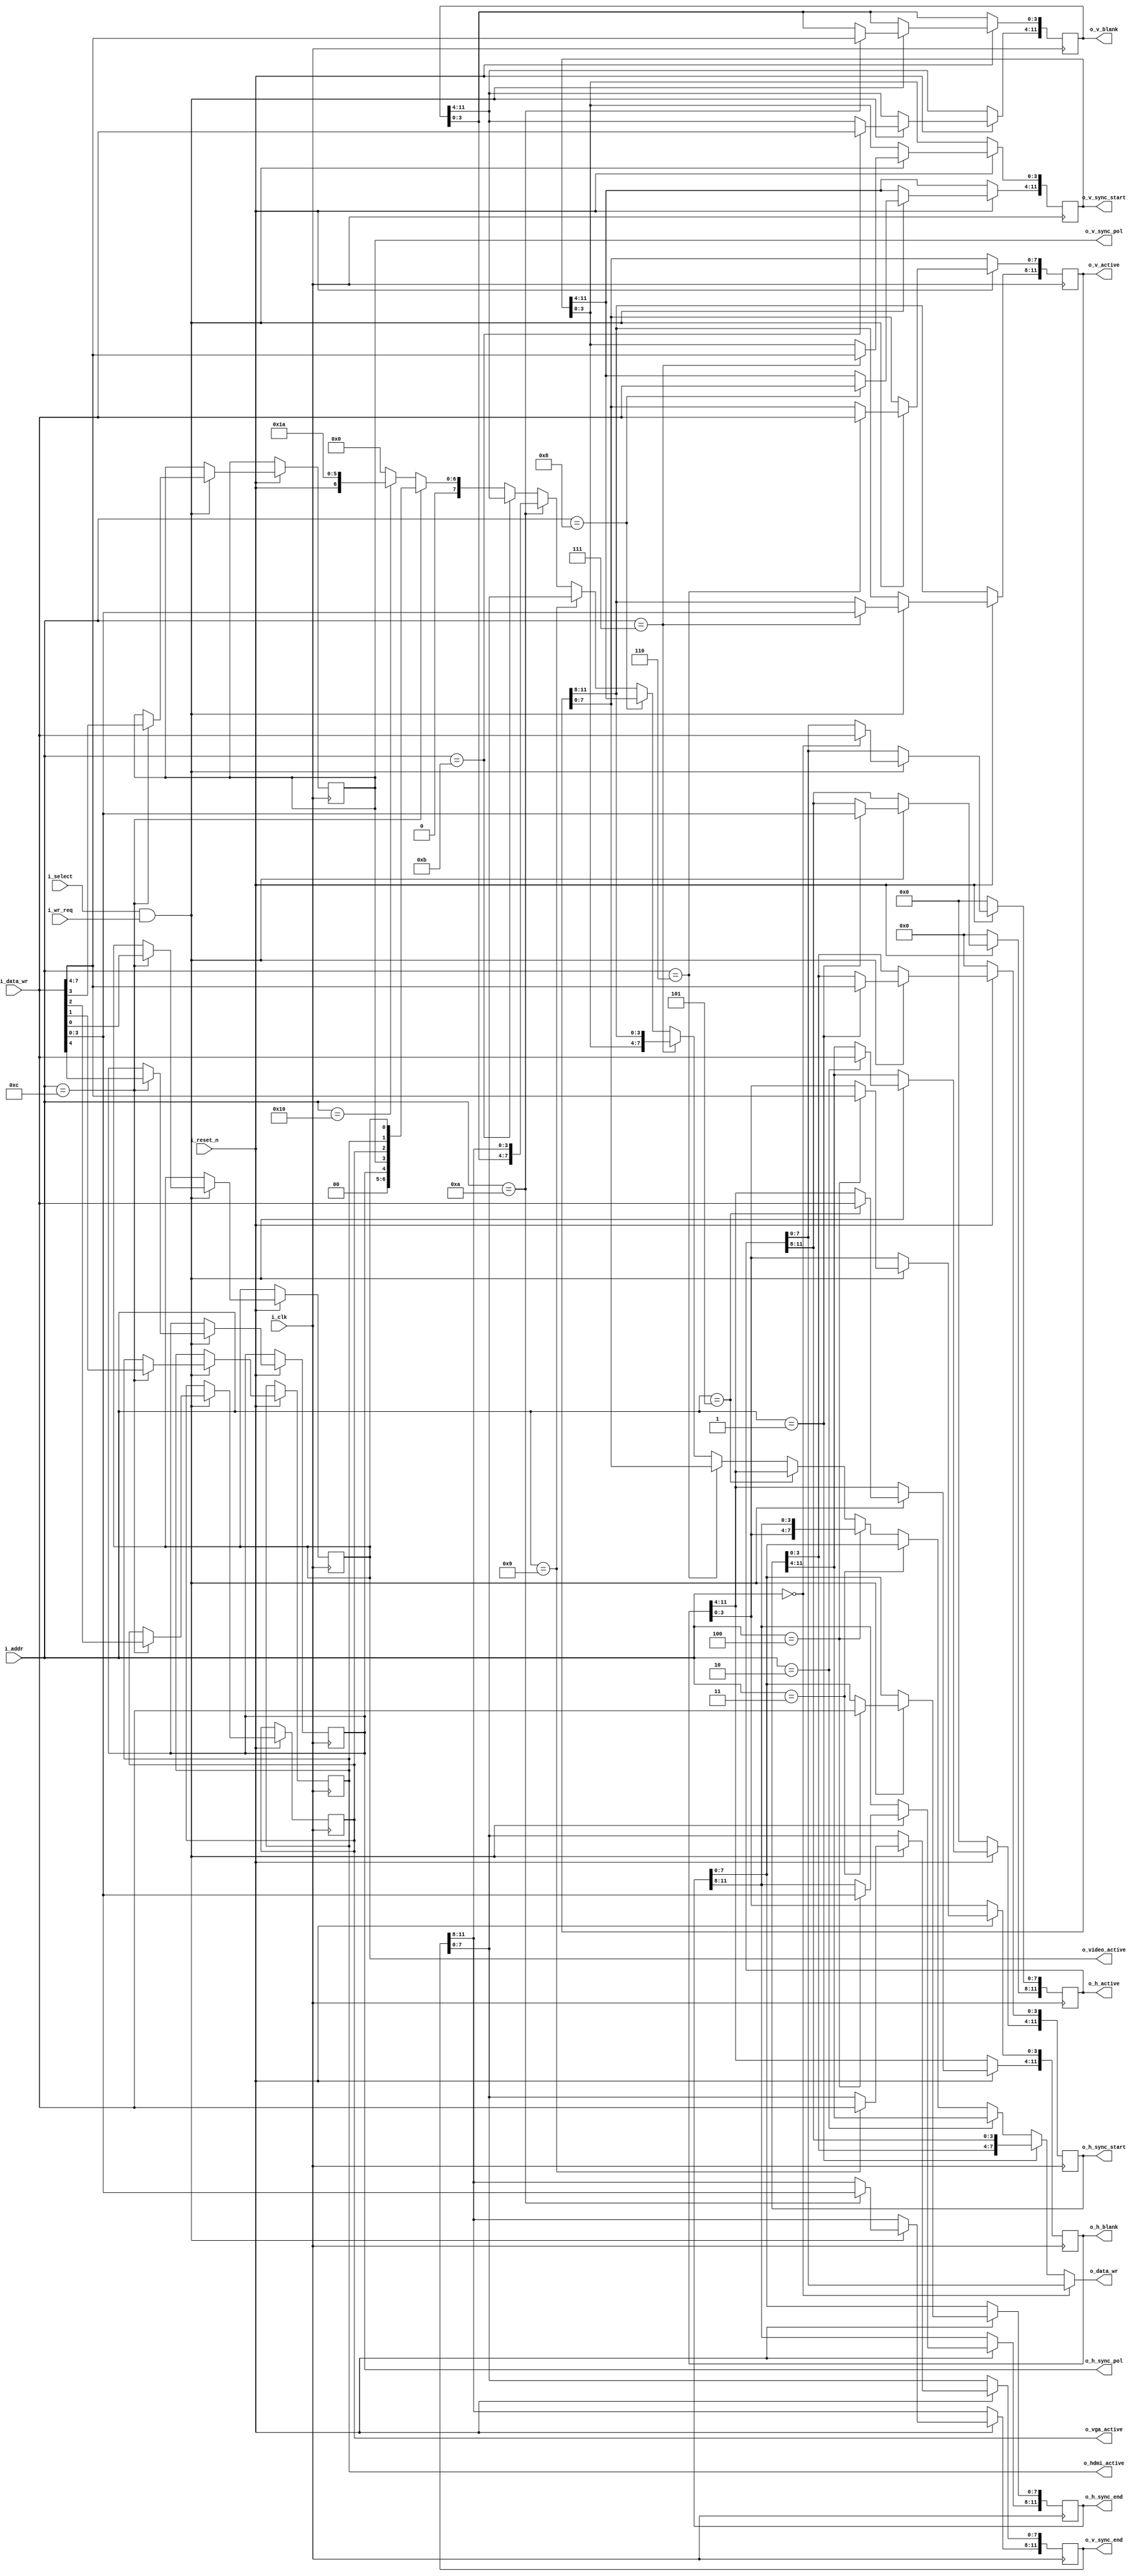
module vctrl_regs
(
	input		wire			i_clk,
	input		wire			i_reset_n,
	input		wire[4:0]	i_addr,
	input		wire[7:0]	i_data_wr,
	input		wire			i_select,
	input		wire			i_wr_req,
	output	wire[7:0]	o_data_wr,
	//
	output	wire[11:0]	o_h_active,
	output	wire[11:0]	o_h_sync_start,
	output	wire[11:0]	o_h_sync_end,
	output	wire[11:0]	o_h_blank,
	output	wire			o_h_sync_pol,
	output	wire[11:0]	o_v_active,
	output	wire[11:0]	o_v_sync_start,
	output	wire[11:0]	o_v_sync_end,
	output	wire[11:0]	o_v_blank,
	output	wire			o_v_sync_pol,
	output	wire			o_video_active,
	output	wire			o_hdmi_active,
	output	wire			o_vga_active
);

	reg[11:0]	r_h_active;
	reg[11:0]	r_h_sync_start;
	reg[11:0]	r_h_sync_end;
	reg[11:0]	r_h_blank;
	reg[11:0]	r_v_active;
	reg[11:0]	r_v_sync_start;
	reg[11:0]	r_v_sync_end;
	reg[11:0]	r_v_blank;
	reg			r_video_active;
	reg			r_hdmi_active;
	reg			r_vga_active;
	reg			r_v_sync_pos;
	reg			r_h_sync_pos;

	always @(posedge i_clk)
	begin
		if (i_reset_n == 1'b0)
		begin
			r_h_active <= 0;
			r_h_sync_start <= 0;
		end
			else if ((i_select == 1'b1) && (i_wr_req == 1'b1))
		begin
			case (i_addr)
				5'h00:
					begin
						r_h_active[7:0] <= i_data_wr;
					end
				5'h01:
					begin
						r_h_active[11:8] <= i_data_wr[3:0];
						r_h_sync_start[3:0] <= i_data_wr[7:4];
					end
				5'h02:
					begin
						r_h_sync_start[11:4] <= i_data_wr;
					end
				5'h03:
					begin
						r_h_sync_end[7:0] <= i_data_wr;
					end
				5'h04:
					begin
						r_h_sync_end[11:8] <= i_data_wr[3:0];
						r_h_blank[3:0] <= i_data_wr[7:4];
					end
				5'h05:
					begin
						r_h_blank[11:4] <= i_data_wr;
					end
				5'h06:
					begin
						r_v_active[7:0] <= i_data_wr;
					end
				5'h07:
					begin
						r_v_active[11:8] <= i_data_wr[3:0];
						r_v_sync_start[3:0] <= i_data_wr[7:4];
					end
				5'h08:
					begin
						r_v_sync_start[11:4] <= i_data_wr;
					end
				5'h09:
					begin
						r_v_sync_end[7:0] <= i_data_wr;
					end
				5'h0a:
					begin
						r_v_sync_end[11:8] <= i_data_wr[3:0];
						r_v_blank[3:0] <= i_data_wr[7:4];
					end
				5'h0b:
					begin
						r_v_blank[11:4] <= i_data_wr;
					end
				5'h0c:
					begin
						r_video_active <= i_data_wr[0];
						r_hdmi_active <= i_data_wr[1];
						r_vga_active <= i_data_wr[2];
						r_v_sync_pos <= i_data_wr[3];
						r_h_sync_pos <= i_data_wr[4];
					end
			endcase
		end
	end
	
	assign o_data_wr =
		(i_addr == 5'h00) ? r_h_active[7:0] :
		(i_addr == 5'h01) ? { r_h_sync_start[3:0], r_h_active[11:8] } :
		(i_addr == 5'h02) ? r_h_sync_start[11:4] :
		(i_addr == 5'h03) ? r_h_sync_end[7:0] :
		(i_addr == 5'h04) ? { r_h_blank[3:0], r_h_sync_end[11:8] } :
		(i_addr == 5'h05) ? r_h_blank[11:4] :
		(i_addr == 5'h06) ? r_v_active[7:0] :
		(i_addr == 5'h07) ? { r_v_sync_start[3:0], r_v_active[11:8] } :
		(i_addr == 5'h08) ? r_v_sync_start[11:4] :
		(i_addr == 5'h09) ? r_v_sync_end[7:0] :
		(i_addr == 5'h0a) ? { r_v_blank[3:0], r_v_sync_end[11:8] } :
		(i_addr == 5'h0b) ? r_v_blank[11:4] :
		(i_addr == 5'h0c) ? { 3'b000, r_h_sync_pos, r_v_sync_pos, r_vga_active, r_hdmi_active, r_video_active } :
		(i_addr == 5'h10) ? { 1'b0, i_reset_n, 6'h1a } :
		8'h00;

	assign o_h_active = r_h_active;
	assign o_h_sync_start = r_h_sync_start;
	assign o_h_sync_end = r_h_sync_end;
	assign o_h_blank = r_h_blank;
	assign o_v_active = r_v_active;
	assign o_v_sync_start = r_v_sync_start;
	assign o_v_sync_end = r_v_sync_end;
	assign o_v_blank = r_v_blank;
	assign o_video_active = r_video_active;
	assign o_hdmi_active = r_hdmi_active;
	assign o_vga_active = r_vga_active;
	assign o_v_sync_pol = r_v_sync_pos;
	assign o_h_sync_pol = r_h_sync_pos;

endmodule